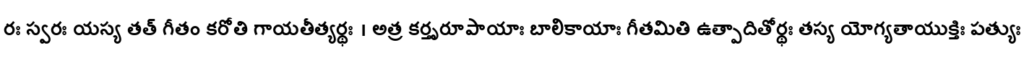
రః స్వరః యస్య తత్ గీతం కరోతి గాయతీత్యర్థః । అత్ర కర్తృరూపాయాః బాలికాయాః గీతమితి ఉత్పాదితోర్థః తస్య యోగ్యతాయుక్తిః పత్యుః